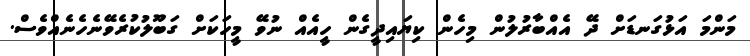
މަންމަ އަޅުގަނޑަށް ދޭ އެއްބާރުލުން މިހެން ކިޔައިދީގެން ހީއެއް ނުވޭ މީހަކަށް ގަބޫލުކުރެވޭނެހެނެއްވެސް.